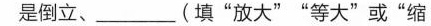
是倒立、______(填”放大””等大”或”缩